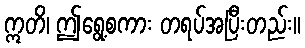
ဣတိ၊ ဤရွေ့စကား တရပ်အပြီးတည်း။